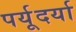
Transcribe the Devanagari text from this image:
पर्यूदर्या